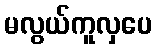
မလွယ်ကူလှပေ